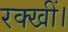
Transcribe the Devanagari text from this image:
रक्खीं।